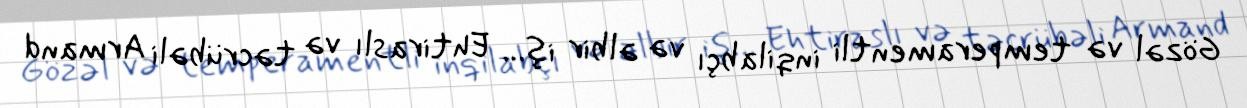
Gözəl və temperamentli inqilabçı və əlbir iş… Ehtiraslı və təcrübəli Armand